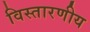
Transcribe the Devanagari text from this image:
विस्तारणीय